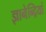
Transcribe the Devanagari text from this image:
ज्ञानेन्द्रियां